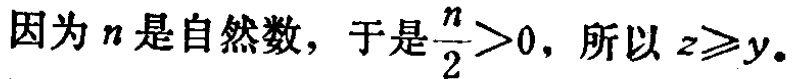
因为\(n\)是自然数，于是\(\frac{n}{2}>0\)，所以\(z\geqslant y\)。